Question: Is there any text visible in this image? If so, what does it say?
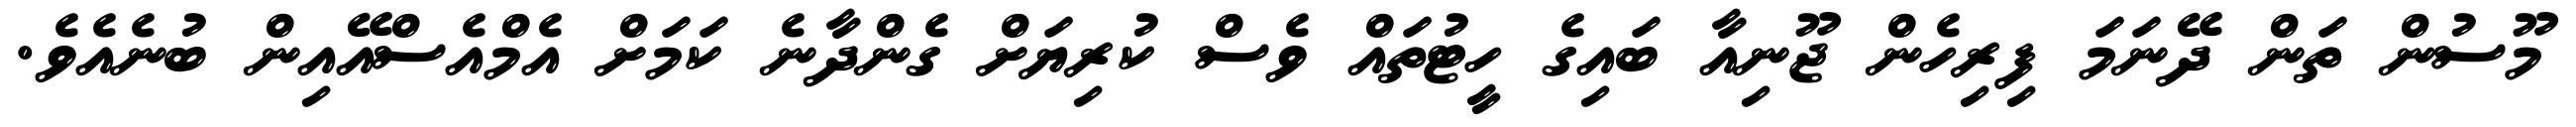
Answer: މޫސުން ތަން ދޭނަމަ ފިރިހެން ޖޫނިއާ ބައިގެ ހީޓުތައް ވެސް ކުރިޔަށް ގެންދާނެ ކަމަށް އެމްއެސްއޭއިން ބުނެއެވެ.